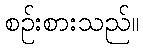
စဉ်းစားသည်။